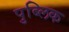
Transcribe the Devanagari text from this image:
पुब्लिक